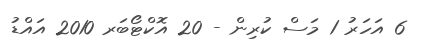
6 އަހަރު 1 މަސް ކުރިން - 20 އޮކްޓޯބަރ 2010 އައްޑު